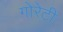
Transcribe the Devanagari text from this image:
गोरेटी